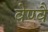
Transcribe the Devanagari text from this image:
वेण्वै